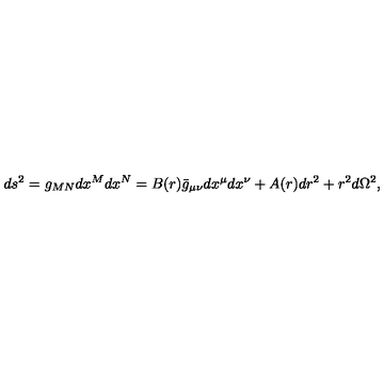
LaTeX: d s ^ { 2 } = g _ { M N } d x ^ { M } d x ^ { N } = B ( r ) \bar { g } _ { \mu \nu } d x ^ { \mu } d x ^ { \nu } + A ( r ) d r ^ { 2 } + r ^ { 2 } d \Omega ^ { 2 } ,